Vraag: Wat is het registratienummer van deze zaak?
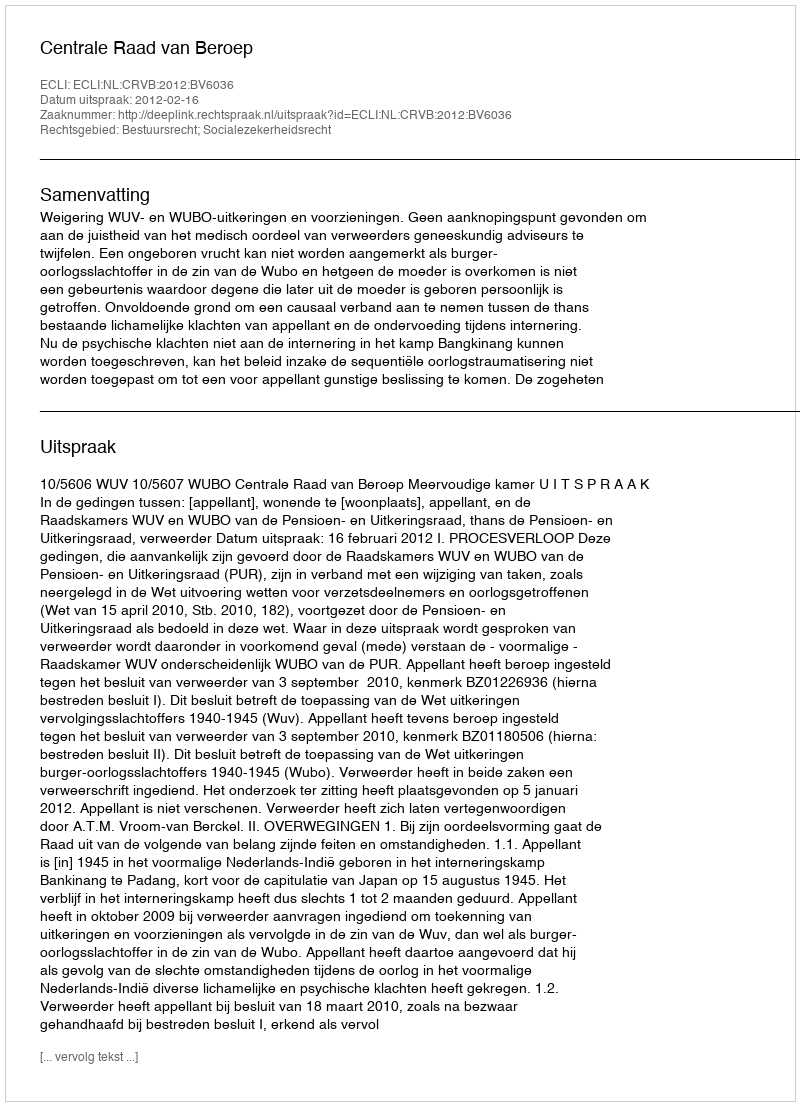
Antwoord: http://deeplink.rechtspraak.nl/uitspraak?id=ECLI:NL:CRVB:2012:BV6036